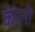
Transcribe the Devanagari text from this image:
कंपनी